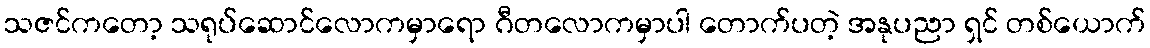
သဇင်ကတော့ သရုပ်ဆောင်လောကမှာရော ဂီတလောကမှာပါ တောက်ပတဲ့ အနုပညာ ရှင် တစ်ယောက်